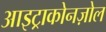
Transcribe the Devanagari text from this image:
आइट्राकोनज़ोल